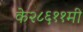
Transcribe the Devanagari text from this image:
के२८६११मी